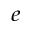
_ e